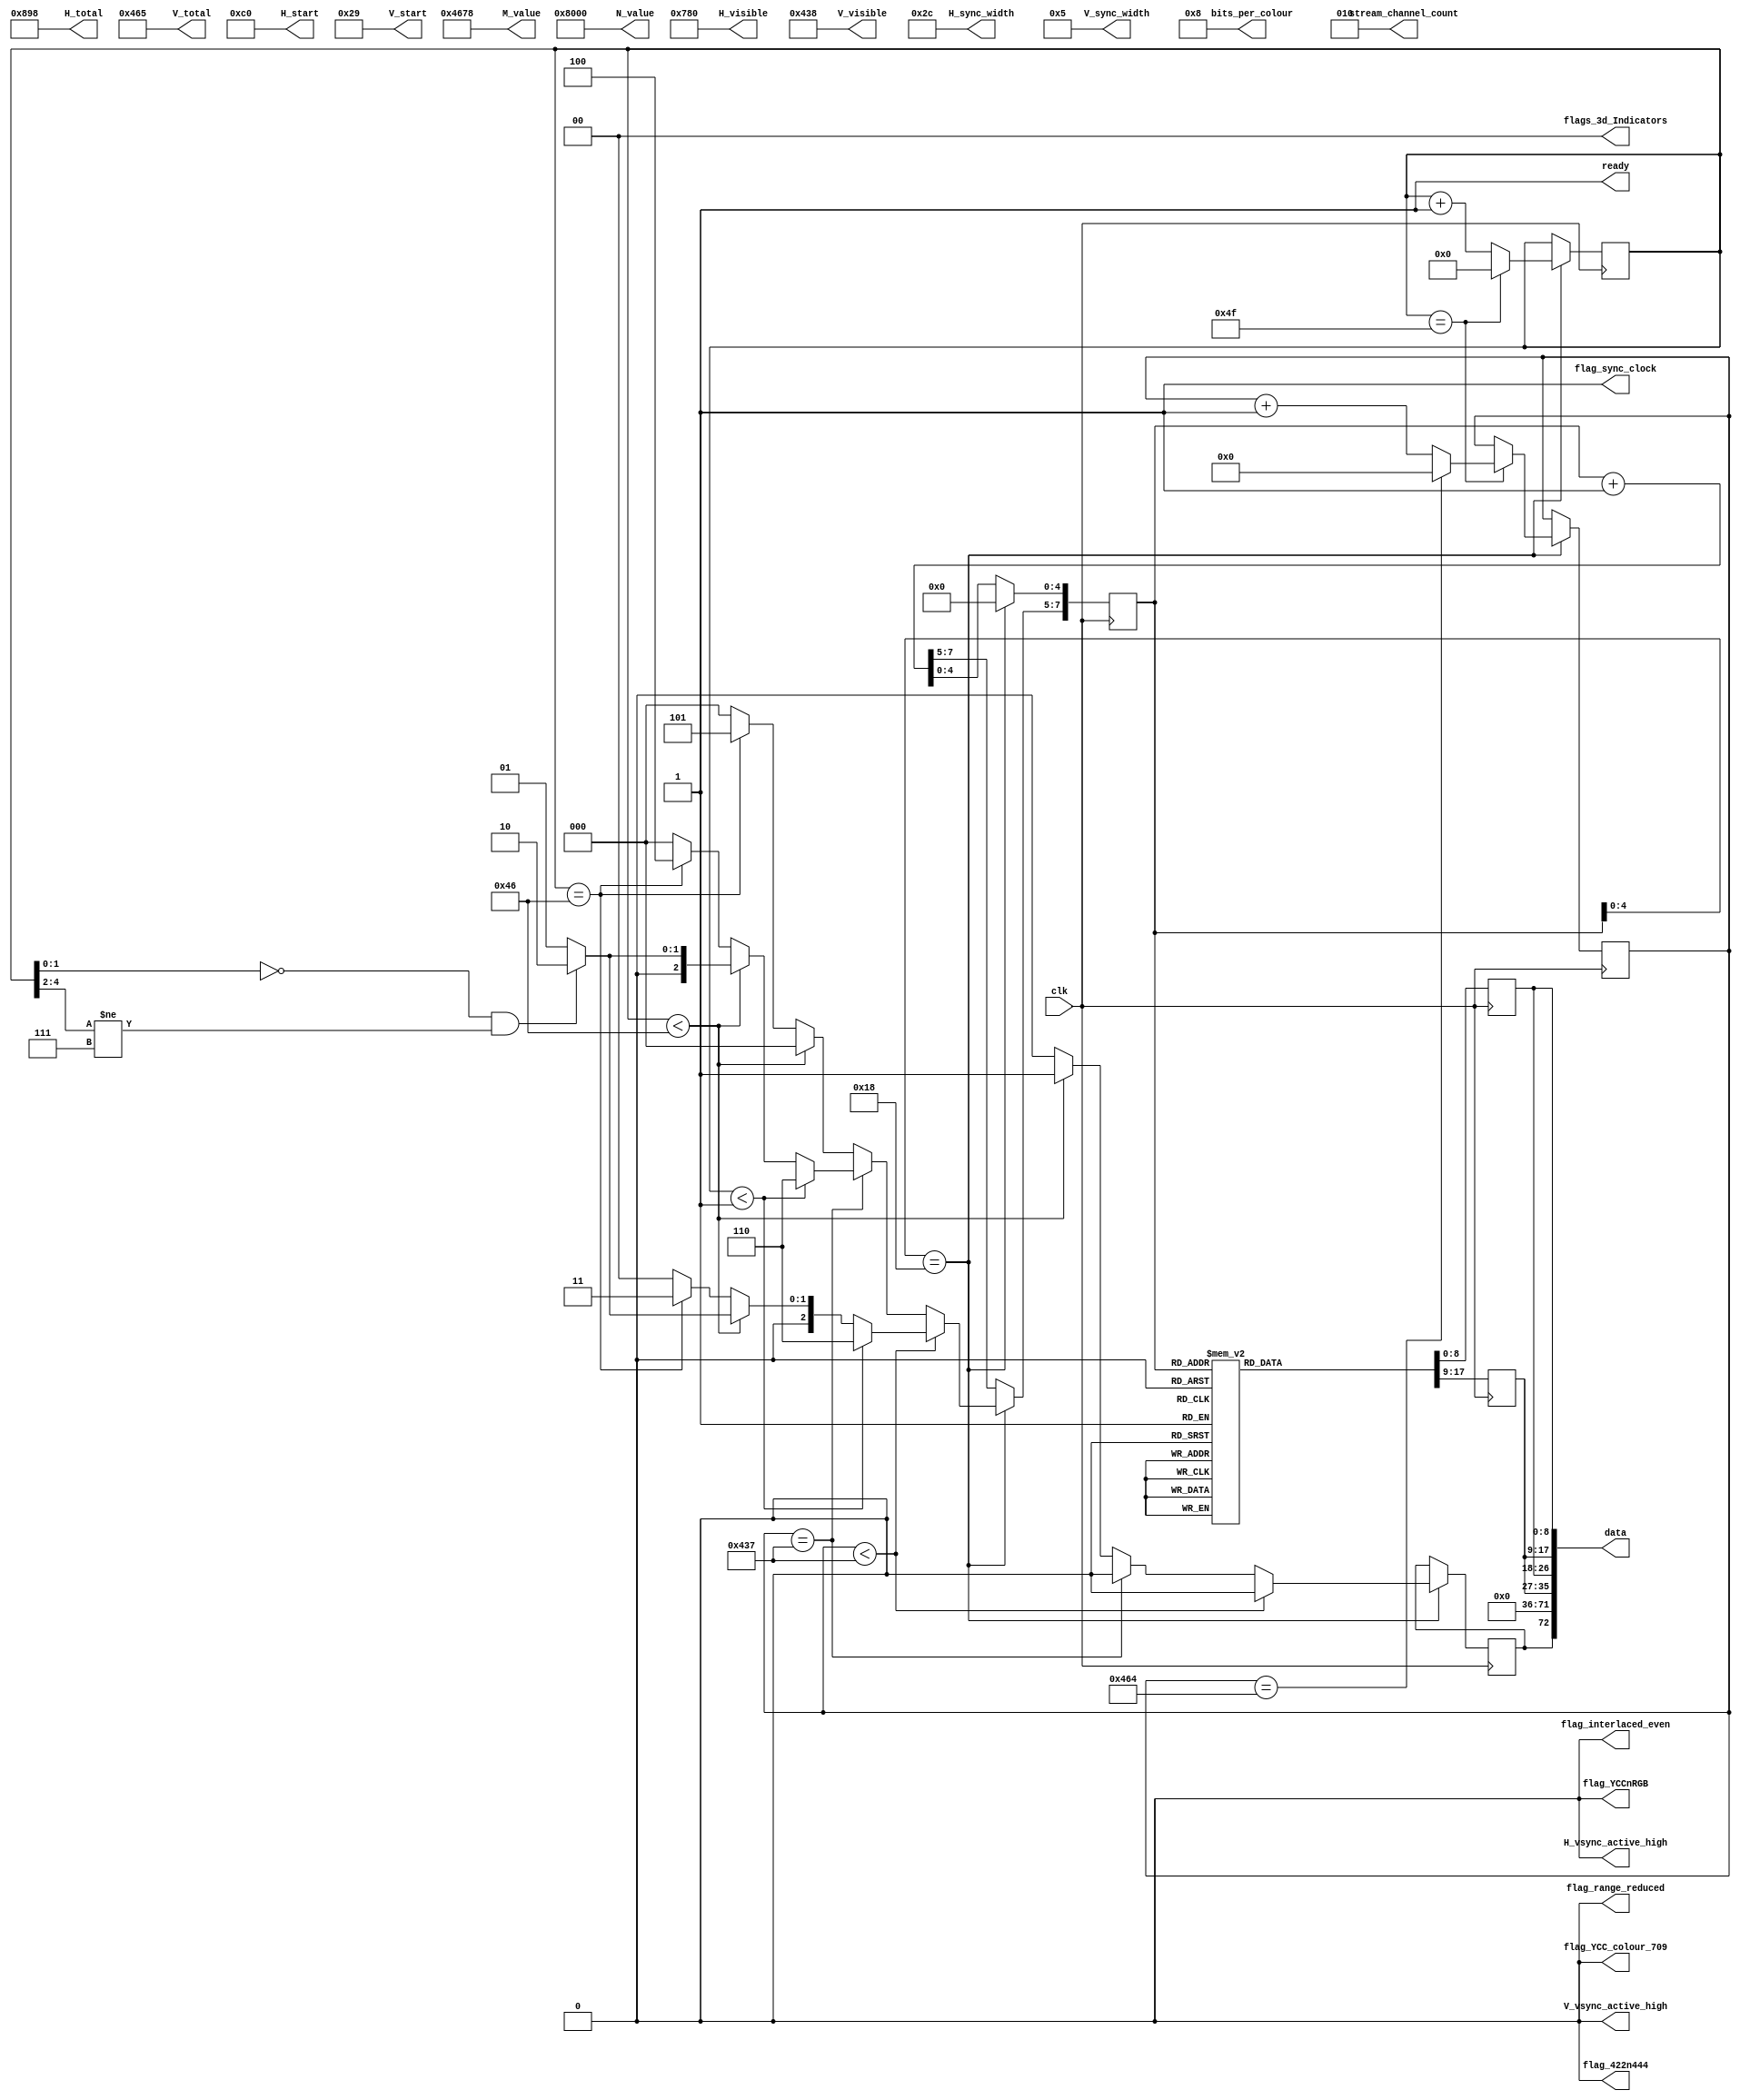
///////////////////////////////////////////////////////////////////////////////
// test_source_1080p_RGB_444_gutted.v : A hack at making a colour bar
//
//
// Part of the DisplayPort_Verlog project - an open implementation of the 
// DisplayPort protocol for FPGA boards. 
//
// See https://github.com/hamsternz/DisplayPort_Verilog for latest versions.
//
///////////////////////////////////////////////////////////////////////////////
// Version |  Notes
// ----------------------------------------------------------------------------
//   1.0   | Initial Release
//
///////////////////////////////////////////////////////////////////////////////
//
// MIT License
// 
// Copyright (c) 2019 Mike Field
// 
// Permission is hereby granted, free of charge, to any person obtaining a copy
// of this software and associated documentation files (the "Software"), to deal
// in the Software without restriction, including without limitation the rights
// to use, copy, modify, merge, publish, distribute, sublicense, and/or sell
// copies of the Software, and to permit persons to whom the Software is
// furnished to do so, subject to the following conditions:
// 
// The above copyright notice and this permission notice shall be included in all
// copies or substantial portions of the Software.
// 
// THE SOFTWARE IS PROVIDED "AS IS", WITHOUT WARRANTY OF ANY KIND, EXPRESS OR
// IMPLIED, INCLUDING BUT NOT LIMITED TO THE WARRANTIES OF MERCHANTABILITY,
// FITNESS FOR A PARTICULAR PURPOSE AND NONINFRINGEMENT. IN NO EVENT SHALL THE
// AUTHORS OR COPYRIGHT HOLDERS BE LIABLE FOR ANY CLAIM, DAMAGES OR OTHER
// LIABILITY, WHETHER IN AN ACTION OF CONTRACT, TORT OR OTHERWISE, ARISING FROM,
// OUT OF OR IN CONNECTION WITH THE SOFTWARE OR THE USE OR OTHER DEALINGS IN THE
// SOFTWARE.
//
///////////////////////////////////////////////////////////////////////////////
//
// Want to say thanks?
//
// This design has taken many hours - 3 months of work for the initial VHDL
// design, and another month or so to convert it to Verilog for this release.
//
// I'm more than happy to share it if you can make use of it. It is released
// under the MIT license, so you are not under any onus to say thanks, but....
//
// If you what to say thanks for this design either drop me an email, or how about
// trying PayPal to my email (hamster@snap.net.nz)?
//
//  Educational use - Enough for a beer
//  Hobbyist use    - Enough for a pizza
//  Research use    - Enough to take the family out to dinner
//  Commercial use  - A weeks pay for an engineer (I wish!)
//
///////////////////////////////////////////////////////////////////////////////
module test_source_1080p_RGB_444_gutted(
        output reg [23:0] M_value,
        output reg [23:0] N_value,
        output reg [11:0] H_visible,
        output reg [11:0] V_visible,
        output reg [11:0] H_total,
        output reg [11:0] V_total,
        output reg [11:0] H_sync_width,
        output reg [11:0] V_sync_width,
        output reg [11:0] H_start,
        output reg [11:0] V_start,
        output reg        H_vsync_active_high,
        output reg        V_vsync_active_high,
        output reg        flag_sync_clock,
        output reg        flag_YCCnRGB,
        output reg        flag_422n444,
        output reg        flag_YCC_colour_709,
        output reg        flag_range_reduced,
        output reg        flag_interlaced_even,
        output reg  [1:0] flags_3d_Indicators,
        output reg  [4:0] bits_per_colour,
        output reg  [2:0] stream_channel_count,

        input             clk,
        output reg        ready,
        output     [72:0] data
    );

/////////////////////////////////////////////////////
// 
//  Transfer Units (TUs) are 0 to 19 pairs of symbols
//  Making them 40 symbols long. Each normal TU transfers
//  11 pixels, making the pixel clock 11/40ths of the 
//  symbol rate. The symbol rate is 270M Symbols/s.
//
//  So pixel clock is 11/40*270 = 74.25M pixels/sec
/////////////////////////////////////////////////////
    
    localparam [8:0] DUMMY = 9'b000000000;  // 0x03
    localparam [8:0] SPARE = 9'b011111111;  // 0xFF
    localparam [8:0] ZERO  = 9'b000000000;  // 0x00
    localparam [8:0] PIX   = 9'b011001100;  // Colour level 0xCC

    localparam [8:0] BE    = 9'b111111011;  // K27.7 Blank End
    localparam [8:0] BS    = 9'b110111100;  // K28.5 Blank Start 
    localparam [8:0] FS    = 9'b111111110;  // K30.7 Fill Start
    localparam [8:0] FE    = 9'b111110111;  // K23.7 Fill End
   

    localparam [8:0] VB_VS  = 9'b000000001;  // 0x00  VB-ID with Vertical blank asserted 
    localparam [8:0] VB_NVS = 9'b000000000;  // 0x00  VB-ID without Vertical blank asserted
    localparam [8:0] MVID   = 9'b000010110;  // 0x46 - low 8 bits of Mvid counter
    localparam [8:0] MAUD   = 9'b000000000;  // 0x00    

    localparam [7:0] TUs_per_line    = 8'd80;  //  2200 / 2 channels / 27.5 clocks per TU
    localparam [7:0] TU_length       = 7'd50;
    localparam [7:0] last_active_TU  = 7'd70;

    reg  [7:0] index = 0;
    reg  [8:0] d0 = 0;
    reg  [8:0] d1 = 0;
    reg [10:0] line_count = 0;
    reg  [7:0] block_count = 0;
    reg        switch_point  = 0;

    reg [47:0] pixels_next;
    reg        new_next;

initial begin
    // Pixel clock ratio is 2200/4000 of the link speed.
    // (i.e. it takes 4000 cycles of the 270MHz clock to
    // transfer a horizontal scan line that is 2200 counts
    // of the pixel clock.
    // Because of this exact ratio, the Mvid value in the 
    // Stream is static.
    M_value              = 24'h004678;
    N_value              = 24'h008000;
	
    H_visible            = 12'd1920;
    H_total              = 12'd2200;
    H_start              = 12'd192;  
    H_sync_width         = 12'd44;

    V_visible            = 12'd1080;
    V_total              = 12'd1125;
    V_start              = 12'd41;
    V_sync_width         = 12'd5;

    H_vsync_active_high  = 1'b0;
    V_vsync_active_high  = 1'b0;
    flag_sync_clock      = 1'b1;
    flag_YCCnRGB         = 1'b0;
    flag_422n444         = 1'b0;
    flag_range_reduced   = 1'b0;
    flag_interlaced_even = 1'b0;
    flag_YCC_colour_709  = 1'b0;
    flags_3d_Indicators  = 2'b00;
    bits_per_colour      = 5'b01000;

    stream_channel_count = 3'b010; 
    ready                = 1'b1;

end

    assign data[72]             = switch_point;
    assign data[71:36]          = 36'b0;
    assign data[35:27]          = d1;
    assign data[26:18]          = d0; 
    assign data[17:9]           = d1;
    assign data[8:0]            = d0; 

always @(posedge clk) begin
    // Load the next byte of the sequence into d0 and d1
    case(index)  
        8'h00: begin d0 <= DUMMY;  d1 <= DUMMY; end
        8'h01: begin d0 <= DUMMY;  d1 <= DUMMY; end
        8'h02: begin d0 <= DUMMY;  d1 <= DUMMY; end
        8'h03: begin d0 <= DUMMY;  d1 <= DUMMY; end
        8'h04: begin d0 <= DUMMY;  d1 <= DUMMY; end
        8'h05: begin d0 <= DUMMY;  d1 <= DUMMY; end
        8'h06: begin d0 <= DUMMY;  d1 <= DUMMY; end
        8'h07: begin d0 <= DUMMY;  d1 <= DUMMY; end
        8'h08: begin d0 <= DUMMY;  d1 <= DUMMY; end
        8'h09: begin d0 <= DUMMY;  d1 <= DUMMY; end
        8'h0A: begin d0 <= DUMMY;  d1 <= DUMMY; end
        8'h0B: begin d0 <= DUMMY;  d1 <= DUMMY; end
        8'h0C: begin d0 <= DUMMY;  d1 <= DUMMY; end
        8'h0D: begin d0 <= DUMMY;  d1 <= DUMMY; end
        8'h0E: begin d0 <= DUMMY;  d1 <= DUMMY; end
        8'h0F: begin d0 <= DUMMY;  d1 <= DUMMY; end
        8'h10: begin d0 <= DUMMY;  d1 <= DUMMY; end
        8'h11: begin d0 <= DUMMY;  d1 <= DUMMY; end
        8'h12: begin d0 <= DUMMY;  d1 <= DUMMY; end
        8'h13: begin d0 <= DUMMY;  d1 <= DUMMY; end
        8'h14: begin d0 <= DUMMY;  d1 <= DUMMY; end
        8'h15: begin d0 <= DUMMY;  d1 <= DUMMY; end
        8'h16: begin d0 <= DUMMY;  d1 <= DUMMY; end
        8'h17: begin d0 <= DUMMY;  d1 <= DUMMY; end
        8'h18: begin d0 <= DUMMY;  d1 <= DUMMY; end
    
        // Block 1 - 17 white pixels and padding
        8'h20: begin d0 <= PIX;    d1 <= PIX;    end  
        8'h21: begin d0 <= PIX;    d1 <= PIX;    end
        8'h22: begin d0 <= PIX;    d1 <= PIX;    end
        8'h23: begin d0 <= PIX;    d1 <= PIX;    end
        8'h24: begin d0 <= PIX;    d1 <= PIX;    end
        8'h25: begin d0 <= PIX;    d1 <= PIX;    end
        8'h26: begin d0 <= PIX;    d1 <= PIX;    end
        8'h27: begin d0 <= PIX;    d1 <= PIX;    end
        8'h28: begin d0 <= PIX;    d1 <= PIX;    end
        8'h29: begin d0 <= PIX;    d1 <= PIX;    end
        8'h2A: begin d0 <= PIX;    d1 <= PIX;    end
        8'h2B: begin d0 <= PIX;    d1 <= PIX;    end // 8 pixels
        8'h2C: begin d0 <= PIX;    d1 <= PIX;    end
        8'h2D: begin d0 <= PIX;    d1 <= PIX;    end
        8'h2E: begin d0 <= PIX;    d1 <= PIX;    end // 10 more pixels
        8'h2F: begin d0 <= PIX;    d1 <= PIX;    end
        8'h30: begin d0 <= PIX;    d1 <= PIX;    end
        8'h31: begin d0 <= PIX;    d1 <= PIX;    end // 12 Pixels
        8'h32: begin d0 <= PIX;    d1 <= PIX;    end
        8'h33: begin d0 <= PIX;    d1 <= PIX;    end
        8'h34: begin d0 <= PIX;    d1 <= FS;     end // 1 more pixel
        8'h35: begin d0 <= DUMMY;  d1 <= DUMMY;  end
        8'h36: begin d0 <= DUMMY;  d1 <= DUMMY;  end
        8'h37: begin d0 <= DUMMY;  d1 <= DUMMY;  end
        8'h38: begin d0 <= DUMMY;  d1 <= FE;     end
    
        // Block 2 - 3 white pixels and padding; d1 <= VB-ID (-vblank); d1 <= Mvid; d1 <= MAud and junk
        8'h40: begin d0 <= PIX;    d1 <= PIX;    end  
        8'h41: begin d0 <= PIX;    d1 <= PIX;    end
        8'h42: begin d0 <= PIX;    d1 <= PIX;    end
        8'h43: begin d0 <= PIX;    d1 <= PIX;    end
        8'h44: begin d0 <= PIX;    d1 <= PIX;    end
        8'h45: begin d0 <= PIX;    d1 <= PIX;    end
        8'h46: begin d0 <= PIX;    d1 <= PIX;    end
        8'h47: begin d0 <= PIX;    d1 <= PIX;    end
        8'h48: begin d0 <= PIX;    d1 <= PIX;    end
        8'h49: begin d0 <= PIX;    d1 <= PIX;    end
        8'h4A: begin d0 <= PIX;    d1 <= PIX;    end
        8'h4B: begin d0 <= PIX;    d1 <= PIX;    end // 8 pixels
        8'h4C: begin d0 <= PIX;    d1 <= PIX;    end
        8'h4D: begin d0 <= PIX;    d1 <= PIX;    end
        8'h4E: begin d0 <= PIX;    d1 <= PIX;    end // 10 more pixels
        8'h4F: begin d0 <= PIX;    d1 <= PIX;    end
        8'h50: begin d0 <= PIX;    d1 <= PIX;    end
        8'h51: begin d0 <= PIX;    d1 <= PIX;    end // 12 Pixels
        8'h52: begin d0 <= PIX;    d1 <= PIX;    end
        8'h53: begin d0 <= PIX;    d1 <= PIX;    end
        8'h54: begin d0 <= PIX;    d1 <= PIX;    end 
        8'h55: begin d0 <= FS;     d1 <= DUMMY;  end
        8'h56: begin d0 <= DUMMY;  d1 <= DUMMY;  end
        8'h57: begin d0 <= DUMMY;  d1 <= DUMMY;  end
        8'h58: begin d0 <= DUMMY;  d1 <= FE;     end
    
        // Block 3 - 3 white pixels and padding; d1 <= VB-ID (-vblank); d1 <= Mvid; d1 <= MAud and junk
        8'h60: begin d0 <= PIX;    d1 <= PIX;    end
        8'h61: begin d0 <= PIX;    d1 <= PIX;    end
        8'h62: begin d0 <= PIX;    d1 <= PIX;    end
        8'h63: begin d0 <= PIX;    d1 <= PIX;    end
        8'h64: begin d0 <= PIX;    d1 <= PIX;    end
        8'h65: begin d0 <= PIX;    d1 <= PIX;    end
        8'h66: begin d0 <= PIX;    d1 <= PIX;    end
        8'h67: begin d0 <= PIX;    d1 <= PIX;    end
        8'h68: begin d0 <= PIX;    d1 <= PIX;    end
        8'h69: begin d0 <= PIX;    d1 <= PIX;    end
        8'h6a: begin d0 <= PIX;    d1 <= PIX;    end
        8'h6b: begin d0 <= PIX;    d1 <= PIX;    end
        8'h6c: begin d0 <= PIX;    d1 <= PIX;    end
        8'h6d: begin d0 <= PIX;    d1 <= PIX;    end
        8'h6e: begin d0 <= PIX;    d1 <= PIX;    end
        8'h6f: begin d0 <= PIX;    d1 <= PIX;    end
        8'h70: begin d0 <= PIX;    d1 <= PIX;    end
        8'h71: begin d0 <= PIX;    d1 <= PIX;    end
        8'h72: begin d0 <= BS;     d1 <= VB_NVS; end
        8'h73: begin d0 <= MVID;   d1 <= MAUD;   end
        8'h74: begin d0 <= VB_NVS; d1 <= MVID;   end
        8'h75: begin d0 <= MAUD;   d1 <= DUMMY;  end
        8'h76: begin d0 <= DUMMY;  d1 <= DUMMY;  end
        8'h77: begin d0 <= DUMMY;  d1 <= DUMMY;  end
        8'h78: begin d0 <= DUMMY;  d1 <= DUMMY;  end
    
        // Block 4 - 4 white pixels and padding; d1 <= VB-ID (+vblank); d1 <= Mvid; d1 <= MAud and junk
        8'h80: begin d0 <= PIX;    d1 <= PIX;    end
        8'h81: begin d0 <= PIX;    d1 <= PIX;    end
        8'h82: begin d0 <= PIX;    d1 <= PIX;    end
        8'h83: begin d0 <= PIX;    d1 <= PIX;    end
        8'h84: begin d0 <= PIX;    d1 <= PIX;    end // Three Pixels
        8'h85: begin d0 <= PIX;    d1 <= PIX;    end                      
        8'h86: begin d0 <= PIX;    d1 <= PIX;    end
        8'h87: begin d0 <= PIX;    d1 <= PIX;    end
        8'h88: begin d0 <= PIX;    d1 <= PIX;    end
        8'h89: begin d0 <= PIX;    d1 <= PIX;    end
        8'h8A: begin d0 <= PIX;    d1 <= PIX;    end
        8'h8B: begin d0 <= PIX;    d1 <= PIX;    end
        8'h8C: begin d0 <= PIX;    d1 <= PIX;    end
        8'h8D: begin d0 <= PIX;    d1 <= PIX;    end
        8'h8E: begin d0 <= PIX;    d1 <= PIX;    end
        8'h8F: begin d0 <= PIX;    d1 <= PIX;    end
        8'h90: begin d0 <= PIX;    d1 <= PIX;    end
        8'h91: begin d0 <= PIX;    d1 <= PIX;    end
        8'h92: begin d0 <= BS;     d1 <= VB_VS;  end
        8'h93: begin d0 <= MVID;   d1 <= MAUD;   end
        8'h94: begin d0 <= VB_VS;  d1 <= MVID;   end
        8'h95: begin d0 <= MAUD;   d1 <= DUMMY;  end
        8'h96: begin d0 <= DUMMY;  d1 <= DUMMY;  end
        8'h97: begin d0 <= DUMMY;  d1 <= DUMMY;  end
        8'h98: begin d0 <= DUMMY;  d1 <= DUMMY;  end
    
        // Block 5 - DUMMY;Blank Start; d1 <= VB-ID (+vblank); d1 <= Mvid; d1 <= MAud and junk
        8'hA0: begin d0 <= DUMMY;  d1 <= DUMMY;  end
        8'hA1: begin d0 <= DUMMY;  d1 <= DUMMY;  end
        8'hA2: begin d0 <= DUMMY;  d1 <= DUMMY;  end
        8'hA3: begin d0 <= DUMMY;  d1 <= DUMMY;  end
        8'hA4: begin d0 <= DUMMY;  d1 <= DUMMY;  end
        8'hA5: begin d0 <= DUMMY;  d1 <= DUMMY;  end
        8'hA6: begin d0 <= DUMMY;  d1 <= DUMMY;  end
        8'hA7: begin d0 <= DUMMY;  d1 <= DUMMY;  end
        8'hA8: begin d0 <= DUMMY;  d1 <= DUMMY;  end
        8'hA9: begin d0 <= DUMMY;  d1 <= DUMMY;  end
        8'hAA: begin d0 <= DUMMY;  d1 <= DUMMY;  end
        8'hAB: begin d0 <= DUMMY;  d1 <= DUMMY;  end
        8'hAC: begin d0 <= DUMMY;  d1 <= DUMMY;  end
        8'hAD: begin d0 <= DUMMY;  d1 <= DUMMY;  end
        8'hAE: begin d0 <= DUMMY;  d1 <= DUMMY;  end
        8'hAF: begin d0 <= DUMMY;  d1 <= DUMMY;  end
        8'hB0: begin d0 <= DUMMY;  d1 <= DUMMY;  end
        8'hB1: begin d0 <= DUMMY;  d1 <= DUMMY;  end
        8'hB2: begin d0 <= BS;     d1 <= VB_VS;  end
        8'hB3: begin d0 <= MVID;   d1 <= MAUD;   end
        8'hB4: begin d0 <= VB_VS;  d1 <= MVID;   end
        8'hB5: begin d0 <= MAUD;   d1 <= DUMMY;  end
        8'hB6: begin d0 <= DUMMY;  d1 <= DUMMY;  end
        8'hB7: begin d0 <= DUMMY;  d1 <= DUMMY;  end
        8'hB8: begin d0 <= DUMMY;  d1 <= DUMMY;  end
    
        // Block 6 - just blank end
        8'hC0: begin d0 <= DUMMY; d1 <= DUMMY; end
        8'hC1: begin d0 <= DUMMY; d1 <= DUMMY; end
        8'hC2: begin d0 <= DUMMY; d1 <= DUMMY; end
        8'hC3: begin d0 <= DUMMY; d1 <= DUMMY; end
        8'hC4: begin d0 <= DUMMY; d1 <= DUMMY; end
        8'hC5: begin d0 <= DUMMY; d1 <= DUMMY; end
        8'hC6: begin d0 <= DUMMY; d1 <= DUMMY; end
        8'hC7: begin d0 <= DUMMY; d1 <= DUMMY; end
        8'hC8: begin d0 <= DUMMY; d1 <= DUMMY; end
        8'hC9: begin d0 <= DUMMY; d1 <= DUMMY; end
        8'hCA: begin d0 <= DUMMY; d1 <= DUMMY; end
        8'hCB: begin d0 <= DUMMY; d1 <= DUMMY; end
        8'hCC: begin d0 <= DUMMY; d1 <= DUMMY; end
        8'hCD: begin d0 <= DUMMY; d1 <= DUMMY; end
        8'hCE: begin d0 <= DUMMY; d1 <= DUMMY; end
        8'hCF: begin d0 <= DUMMY; d1 <= DUMMY; end
        8'hD0: begin d0 <= DUMMY; d1 <= DUMMY; end
        8'hD1: begin d0 <= DUMMY; d1 <= DUMMY; end
        8'hD2: begin d0 <= DUMMY; d1 <= DUMMY; end
        8'hD3: begin d0 <= DUMMY; d1 <= DUMMY; end
        8'hD4: begin d0 <= DUMMY; d1 <= DUMMY; end
        8'hD5: begin d0 <= DUMMY; d1 <= DUMMY; end
        8'hD6: begin d0 <= DUMMY; d1 <= DUMMY; end
        8'hD7: begin d0 <= DUMMY; d1 <= DUMMY; end
        8'hD8: begin d0 <= DUMMY; d1 <= BE;    end

        default: begin d0 <= SPARE; d1 <= SPARE; end
    endcase

    if(index[4:0] == 5'd24) begin   // TU Length / 2 - 1 = 19
        index[4:0] <= 5'd0;
        if(block_count ==  TUs_per_line-1) begin   
            block_count <= 8'b0;
            if(line_count == V_total-1) begin
                line_count <= 11'b0;
            end else begin
                line_count <= line_count + 1;
            end
        end else begin
            block_count <= block_count +1;
        end

        // Block 0 - empty 
        // Block 1 - 11 pixels FS padding FE
        // Block 2 - 3 pixels, BS, VB-ID (-vsync), Mvid, Maud, VB-ID (-vsync), Mvid, Maud, empty
        // Block 2 - 3 pixels, BS, VB-ID (+vsync), Mvid, Maud, VB-ID (+vsync), Mvid, Maud, empty
        // Block 4 - empty space for 3 pixels ,BS, VB-ID (+vsync), Mvid, MAud. VB-ID (+vsync), Mvid, MAud, empty
        // Block 5 - last symbol is blank end
                
        index[7:5]   <= 3'b000;  // Dummy symbols for the default block
        switch_point <= 1'b0;
        if(line_count < V_visible-1) begin // lines of active video (except last)
            if(block_count <  1) begin
                index[7:5] <= 3'b110;  // Just blank ending in BE
            end else if(block_count < last_active_TU) begin 
                if(block_count[1:0] == 2'b00 && block_count[4:2] != 3'b111) begin
                  index[7:5] <= 3'b010;  // Pixels plus fill                                                 
                end else begin
                  index[7:5] <= 3'b001;  // Pixels plus fill                                                 
                end
            end else if(block_count == last_active_TU) begin
                index[7:5] <= 3'b011;  // Pixels BS and VS-ID block (no VBLANK flag)       
            end
        end else if(line_count == V_visible-1) begin // Last line of active video
            if(block_count <  1) begin
                index[7:5] <= 3'b110;  // Just blank ending in BE
            end else if(block_count < last_active_TU) begin
                if(block_count[1:0] == 2'b00 && block_count[4:2] != 3'b111) begin
                  index[7:5] <= 3'b010;  // Pixels plus fill                                                 
                end else begin
                  index[7:5] <= 3'b001;  // Pixels plus fill                                                 
                end
            end else if(block_count == last_active_TU) begin
                index[7:5] <= 3'b100;  // Pixels BS and VS-ID block (with VBLANK flag)       
            end
        end else begin
            //---------------------------------------------------------------
            // Allow switching to/from the idle pattern during the vertical blank
            //---------------------------------------------------------------                        
            if(block_count < last_active_TU) begin
                switch_point <= 1'b1;
            end else if(block_count == last_active_TU) begin
                index[7:5] <= 3'b101;  // Dummy symbols, BS and VS-ID block (with VBLANK flag)                        
            end
        end            
    end else begin
        index <= index + 1;
    end
end
endmodule